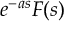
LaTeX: e ^ { - a s } F ( s )